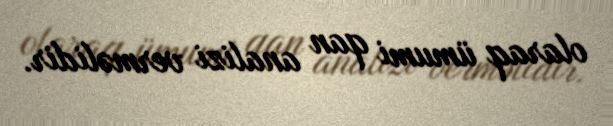
olaraq ümumi qan analizi verməlidir.